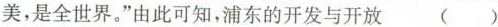
美，是全世界。”由此可知，浦东的开发与开放（）